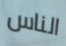
الناس